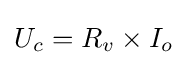
U_{c}={R_{v}\times I_{o}}